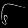
Digit: ၆